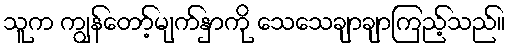
သူက ကျွန်တော့်မျက်နှာကို သေသေချာချာကြည့်သည်။